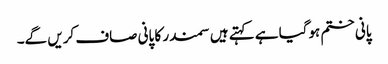
پانی ختم ہوگیا ہے کہتے ہیں سمندر کا پانی صاف کریں گے۔